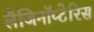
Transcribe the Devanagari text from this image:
लैजिनॉप्टेरिस